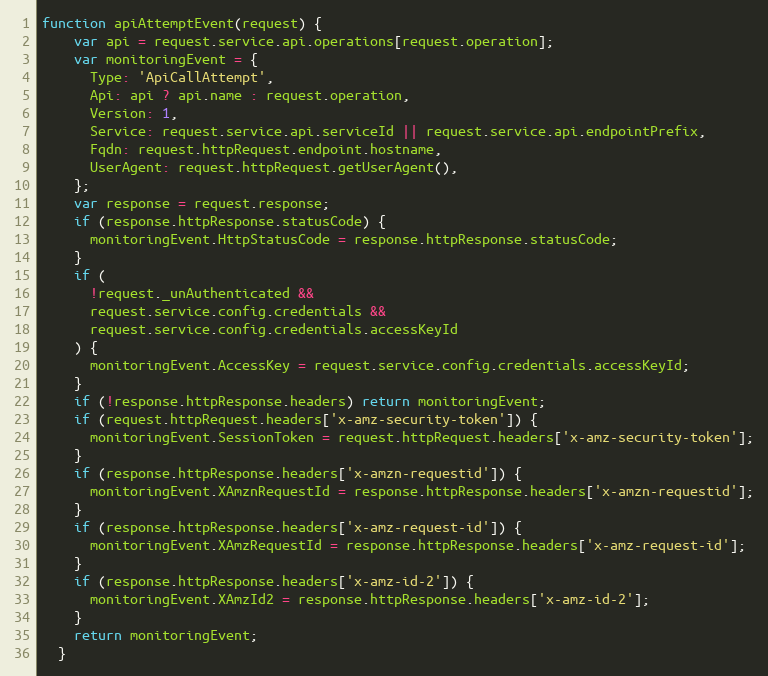
Language: JavaScript
function apiAttemptEvent(request) {
    var api = request.service.api.operations[request.operation];
    var monitoringEvent = {
      Type: 'ApiCallAttempt',
      Api: api ? api.name : request.operation,
      Version: 1,
      Service: request.service.api.serviceId || request.service.api.endpointPrefix,
      Fqdn: request.httpRequest.endpoint.hostname,
      UserAgent: request.httpRequest.getUserAgent(),
    };
    var response = request.response;
    if (response.httpResponse.statusCode) {
      monitoringEvent.HttpStatusCode = response.httpResponse.statusCode;
    }
    if (
      !request._unAuthenticated &&
      request.service.config.credentials &&
      request.service.config.credentials.accessKeyId
    ) {
      monitoringEvent.AccessKey = request.service.config.credentials.accessKeyId;
    }
    if (!response.httpResponse.headers) return monitoringEvent;
    if (request.httpRequest.headers['x-amz-security-token']) {
      monitoringEvent.SessionToken = request.httpRequest.headers['x-amz-security-token'];
    }
    if (response.httpResponse.headers['x-amzn-requestid']) {
      monitoringEvent.XAmznRequestId = response.httpResponse.headers['x-amzn-requestid'];
    }
    if (response.httpResponse.headers['x-amz-request-id']) {
      monitoringEvent.XAmzRequestId = response.httpResponse.headers['x-amz-request-id'];
    }
    if (response.httpResponse.headers['x-amz-id-2']) {
      monitoringEvent.XAmzId2 = response.httpResponse.headers['x-amz-id-2'];
    }
    return monitoringEvent;
  }